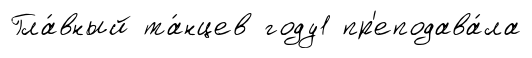
Гла́вный та́нцев году1 пр'еподава́ла